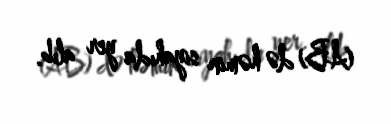
(AB) də həmin siyahıda yer alıb.